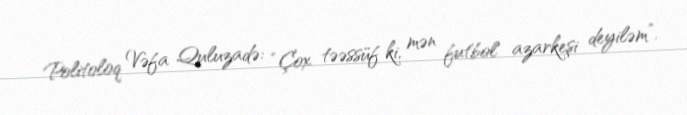
Politoloq Vəfa Quluzadə: “Çox təəssüf ki, mən futbol azarkeşi deyiləm”.